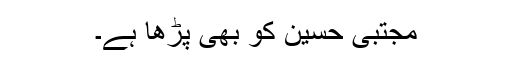
مجتبیٰ حسین کو بھی پڑھا ہے۔